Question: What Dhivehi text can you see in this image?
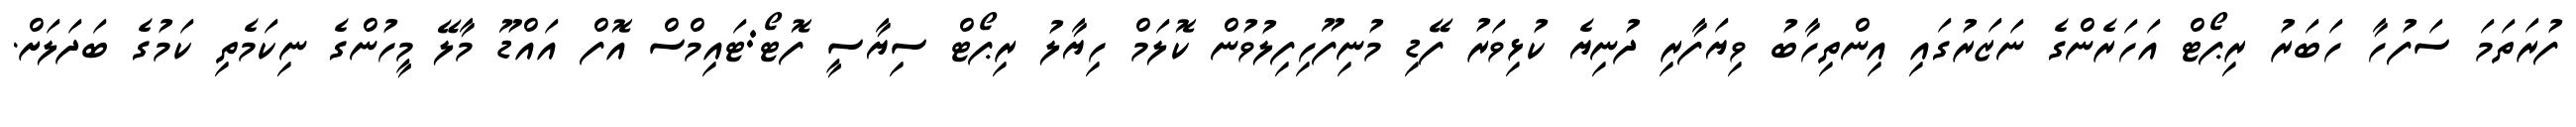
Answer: ފުރަތަމަ ސަފުހާ ހަބަރު ރިޕޯޓް އަހަރެންގެ ނަޒަރުގައި އިންތިހާބު ވިޔަފާރި ދުނިޔެ ކުޅިވަރު ފޭޑި މުނިފޫހިފިލުވުން ކޮލަމް ހިޔާލު ރިޕޯޓް ސިޔާސީ ފޮޓޯ:ޓައިމްސް އޮފް އައްޑޫ މާލޭ މީހުންގެ ނިކަމެތި ކަމުގެ ބަދަލަށް.